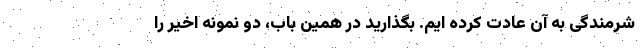
شرمندگی به آن عادت کرده ایم. بگذارید در همین باب، دو نمونه اخیر را